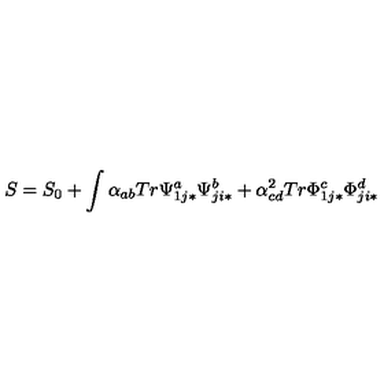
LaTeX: S = S _ { 0 } + \int \alpha _ { a b } T r \Psi _ { 1 j * } ^ { a } \Psi _ { j i * } ^ { b } + \alpha _ { c d } ^ { 2 } T r \Phi _ { 1 j * } ^ { c } \Phi _ { j i * } ^ { d }